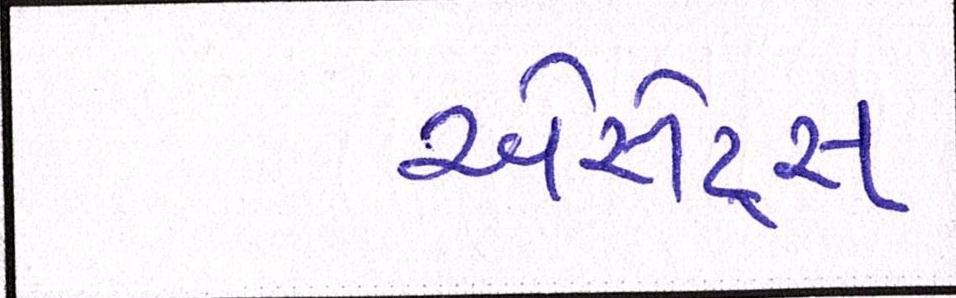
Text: એસેટ્સ